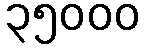
၃၅၀၀၀